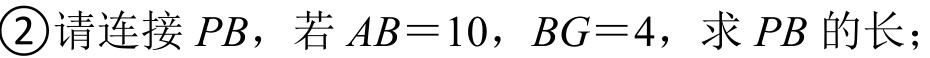
\textcircled{2}请连接\(PB\)，若\(AB = 10\)，\(BG = 4\)，求\(PB\)的长；